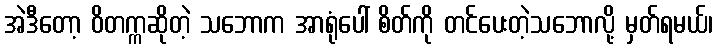
အဲဒီတော့ ဝိတက္ကဆိုတဲ့ သဘောက အာရုံပေါ် စိတ်ကို တင်ပေးတဲ့သဘောလို့ မှတ်ရမယ်၊